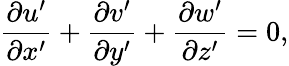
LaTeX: \frac{\partial u^{\prime}}{\partial x^{\prime}}+\frac{\partial v^{\prime}}{\partial y^{\prime}}+\frac{\partial w^{\prime}}{\partial z^{\prime}}=0,